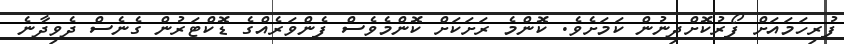
ފުރިހަމައަށް ފޯރުކޮށްދިނުން ކަމަށެވެ. ކޮންމެ ރަށަކަށް ކޮންމެވެސް ފެންވަރެއްގެ ޑޮކްޓަރުން ގެނެސް ދެވިދާނެ